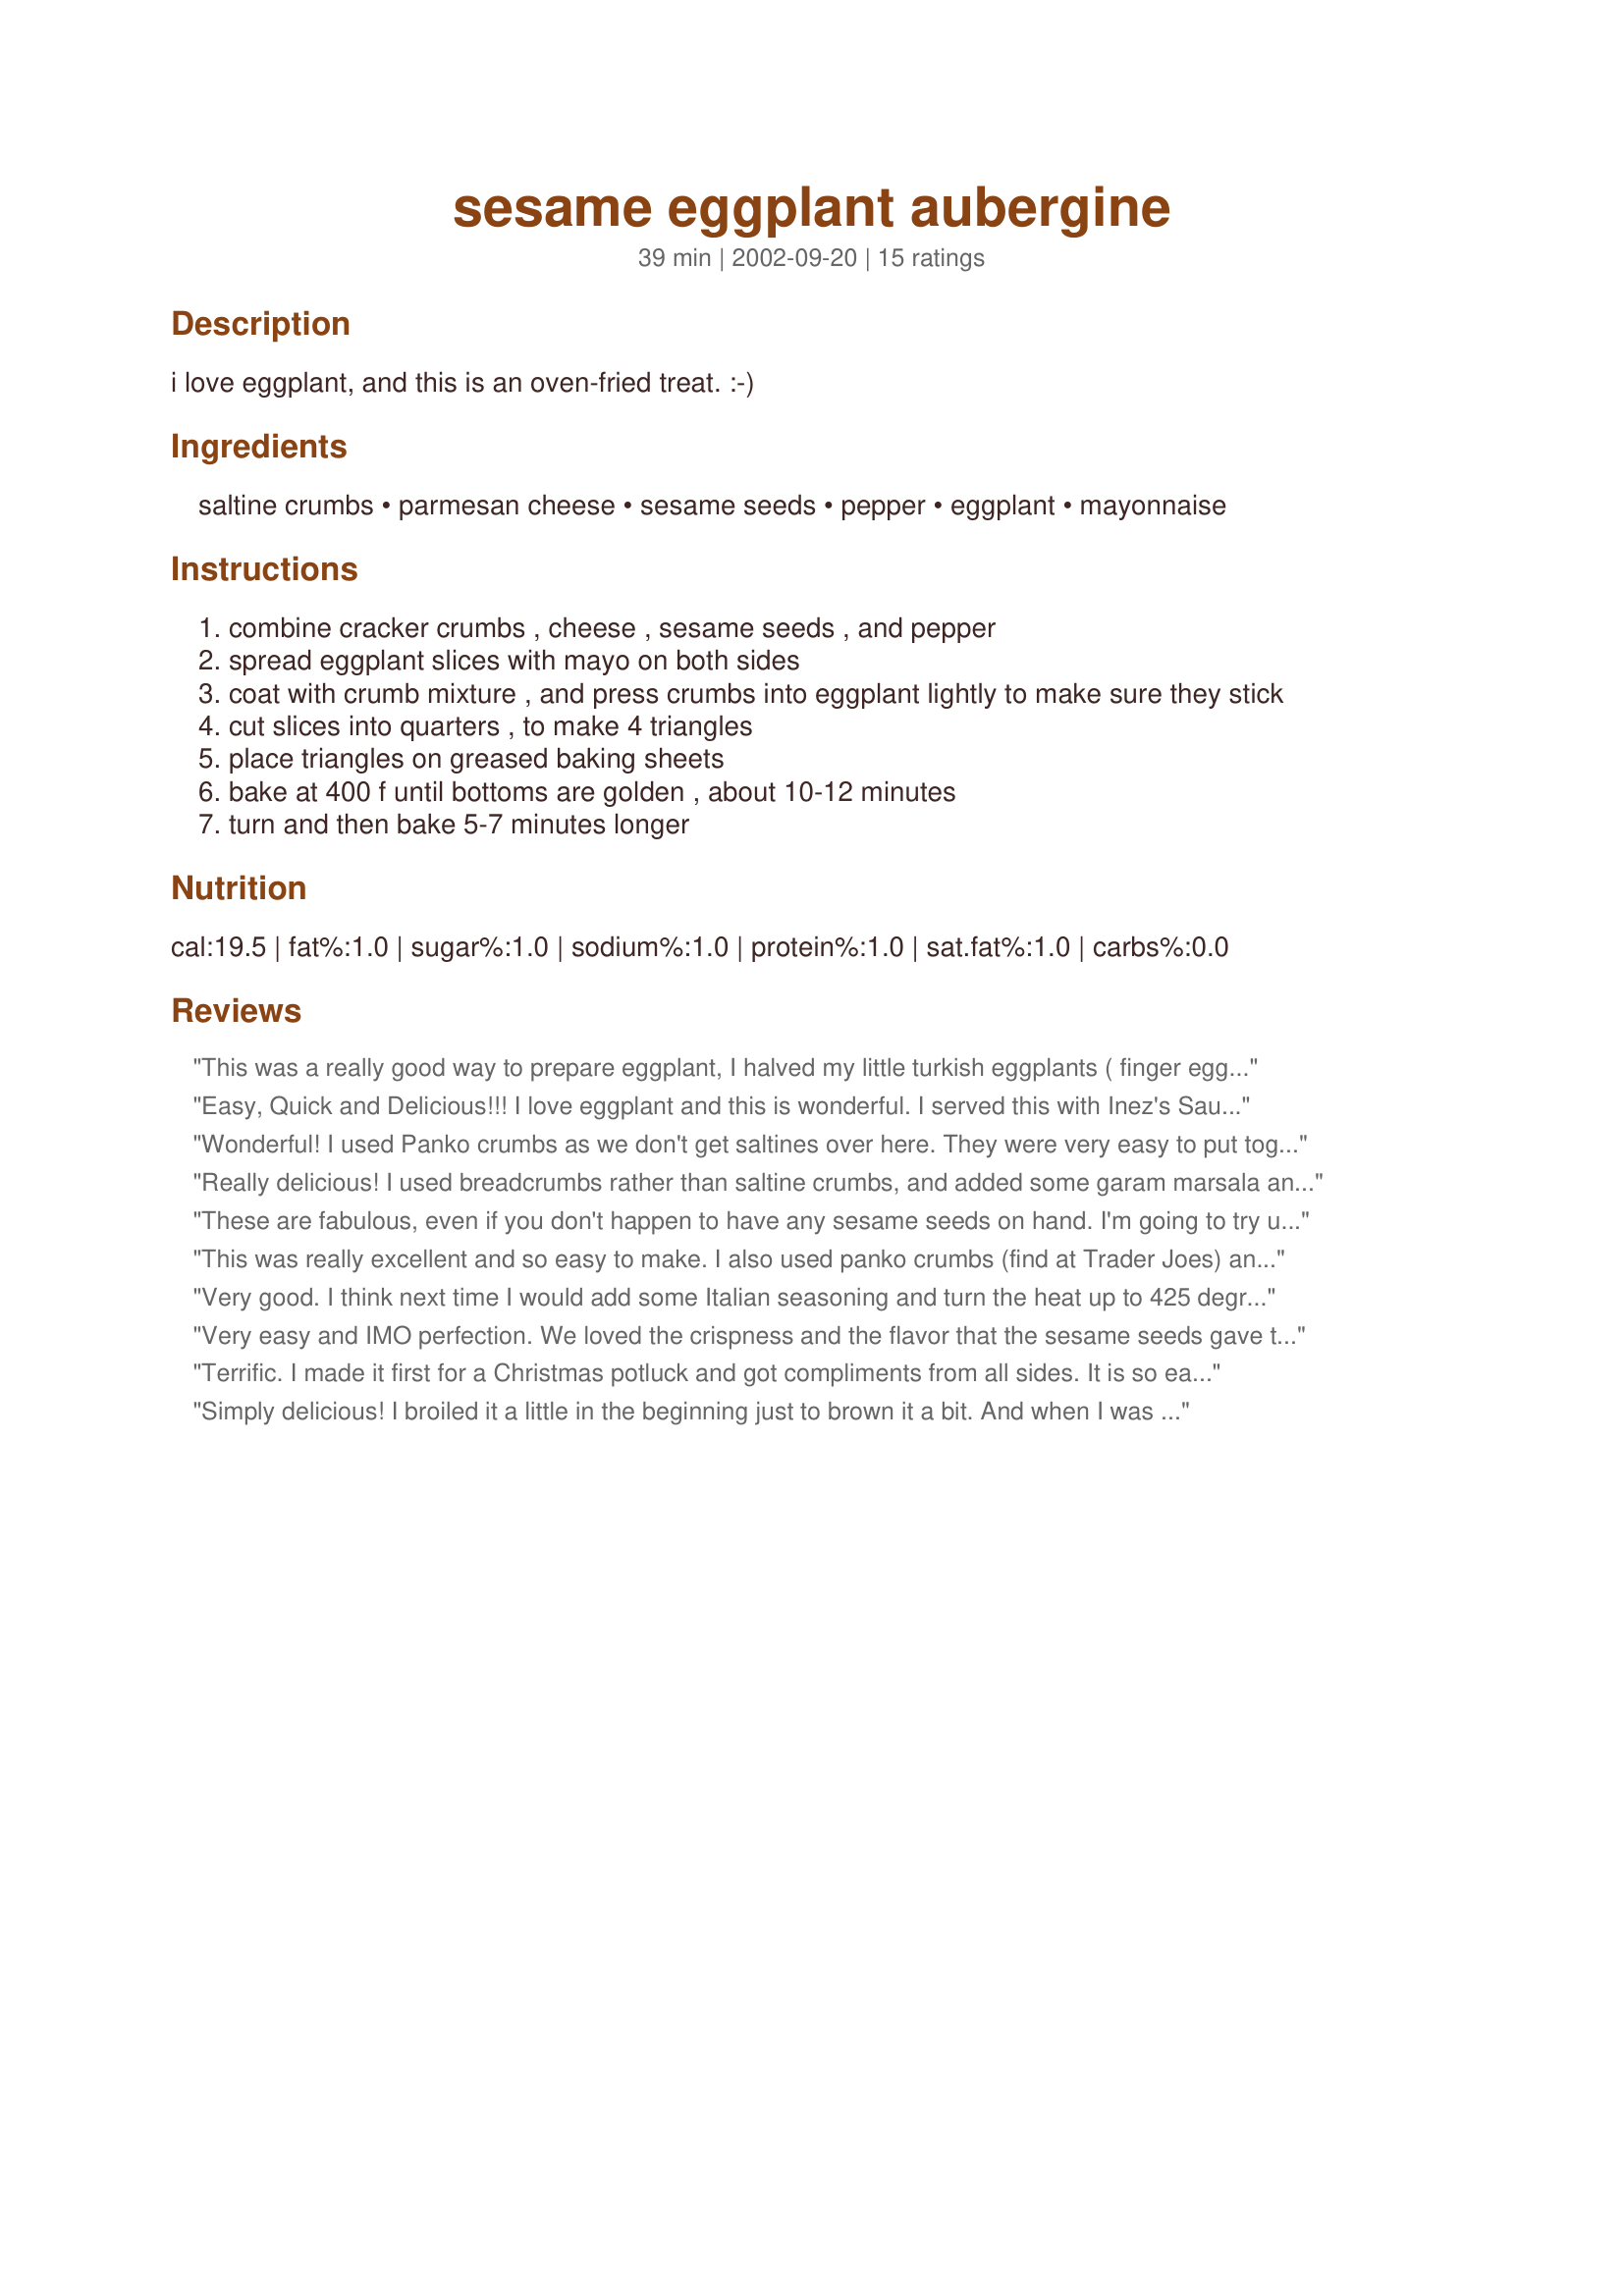
sesame eggplant aubergine
Preparation time: 39 minutes

i love eggplant, and this is an oven-fried treat. :-)

Ingredients:
saltine crumbs, parmesan cheese, sesame seeds, pepper, eggplant, mayonnaise

Steps:
combine cracker crumbs , cheese , sesame seeds , and pepper
spread eggplant slices with mayo on both sides
coat with crumb mixture , and press crumbs into eggplant lightly to make sure they stick
cut slices into quarters , to make 4 triangles
place triangles on greased baking sheets
bake at 400 f until bottoms are golden , about 10-12 minutes
turn and then bake 5-7 minutes longer

Reviews:
This was a really good way to prepare eggplant, I halved my little turkish eggplants ( finger eggplants ) and salted them before preparing this dish. Quite quick to cook, and a good weeknight treat!
Easy, Quick and Delicious!!! I love eggplant and this is wonderful. I served this with Inez's Sausage Creole and substituted this for the rice and it was the perfect match, it made an excellent meal!!!!
Wonderful! I used Panko crumbs as we don't get saltines over here. They were very easy to put together and cooked beautifully. I left the skins on for ease of handling and they cooked up fine. They were wonderfully crisp and the eggplant was soft and tasty. Very easy to make and very tasty too, thanks for sharing.
Really delicious! I used breadcrumbs rather than saltine crumbs, and added some garam marsala and cayenne pepper. Baking at 425 made the rounds very crispy and attractively browned. Excellent with tahini sauce spooned on top for a light veggie lunch.
These are fabulous, even if you don't happen to have any sesame seeds on hand. I'm going to try using them in an eggplant parmasan recipe, so's to skip the frying step.
This was really excellent and so easy to make. I also used panko crumbs (find at Trader Joes) and it was perfect. A great way to enjoy eggplant.
Very good. I think next time I would add some Italian seasoning and turn the heat up to 425 degrees.
Very easy and IMO perfection. We loved the crispness and the flavor that the sesame seeds gave the eggplant coating. Not greasy at all.
Terrific. I made it first for a Christmas potluck and got compliments from all sides. It is so easy to make and gives plain vegetables, not just eggplant, a nice twist in taste. I do use Italian bread crumbs instead of the saltine crumbs. You also only need very little mayo, just enough to make the crumbs stick. 
I also have used the same recipe since with zucchini, same result: tasty and makes anyone eat their veggies with joy

Simply delicious! I broiled it a little in the beginning just to brown it a bit. And when I was eating it, it soaked up some of the salad dressing on my plate (a vinaigrette) and the tart flavor was the perfect accompaniment. I also coated some chicken in the batter and that turned out great as well. Thanks!
This was very easy and tasty. I enjoyed it. I think it needed just a touch of salt. I would have thought the saltines were enough. I used a basting brush to apply the mayo - so I would use as little as possible. Thank you very much for sharing.
I didn't have any parmesan cheese, so maybe this was why it was lacking in flavour, so I served it with some ketcap manis (sweet soy sauce) and extra mayonnaise on the side, and everyone loved it. The texture was absolutely beautiful, as was the simplicity. Thanks for a simple and cute appetizer!
These were very good. Didn't know whether to toast sesame seed and didn't. Next time I will for more sesame flavor.
This was very good. I substituted Vegenaise for the mayonnaise and Health Valley multigrain crackers for the saltines. I only had black sesame seeds on hand, so I used those which gave the eggplant a festive look. Faira
I have made these twice now. The first time I followed exactly as written and found them good texture but rather bland. The second time I decided to try something other than mayo so I dipped them in egg whites instead. I put a hardy dash of hot sauce into the beaten egg whites. These turned out just as nice as the first time but with more flavor.
